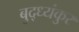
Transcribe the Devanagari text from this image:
बुद्ध्यंकुर